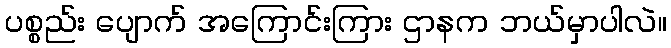
ပစ္စည်း ပျောက် အကြောင်းကြား ဌာနက ဘယ်မှာပါလဲ။